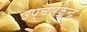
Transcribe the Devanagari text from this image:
उपचारकेन्द्र